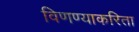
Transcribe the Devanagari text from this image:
विणण्याकरिता